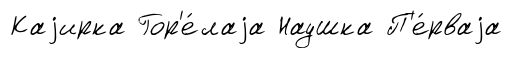
Каjирка Гор'е́лаjа Наушка П'е́рваjа